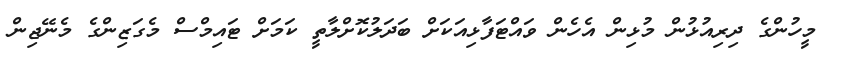
މީހުންގެ ދިރިއުޅުން މުޅިން އެހެން ވައްޓަފާޅިއަކަށް ބަދަލުކޮށްލާތީ ކަމަށް ޓައިމްސް މެގަޒިންގެ މެނޭޖިން